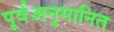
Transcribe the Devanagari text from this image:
पूर्वअनुमानित